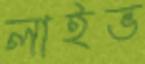
লাইভ